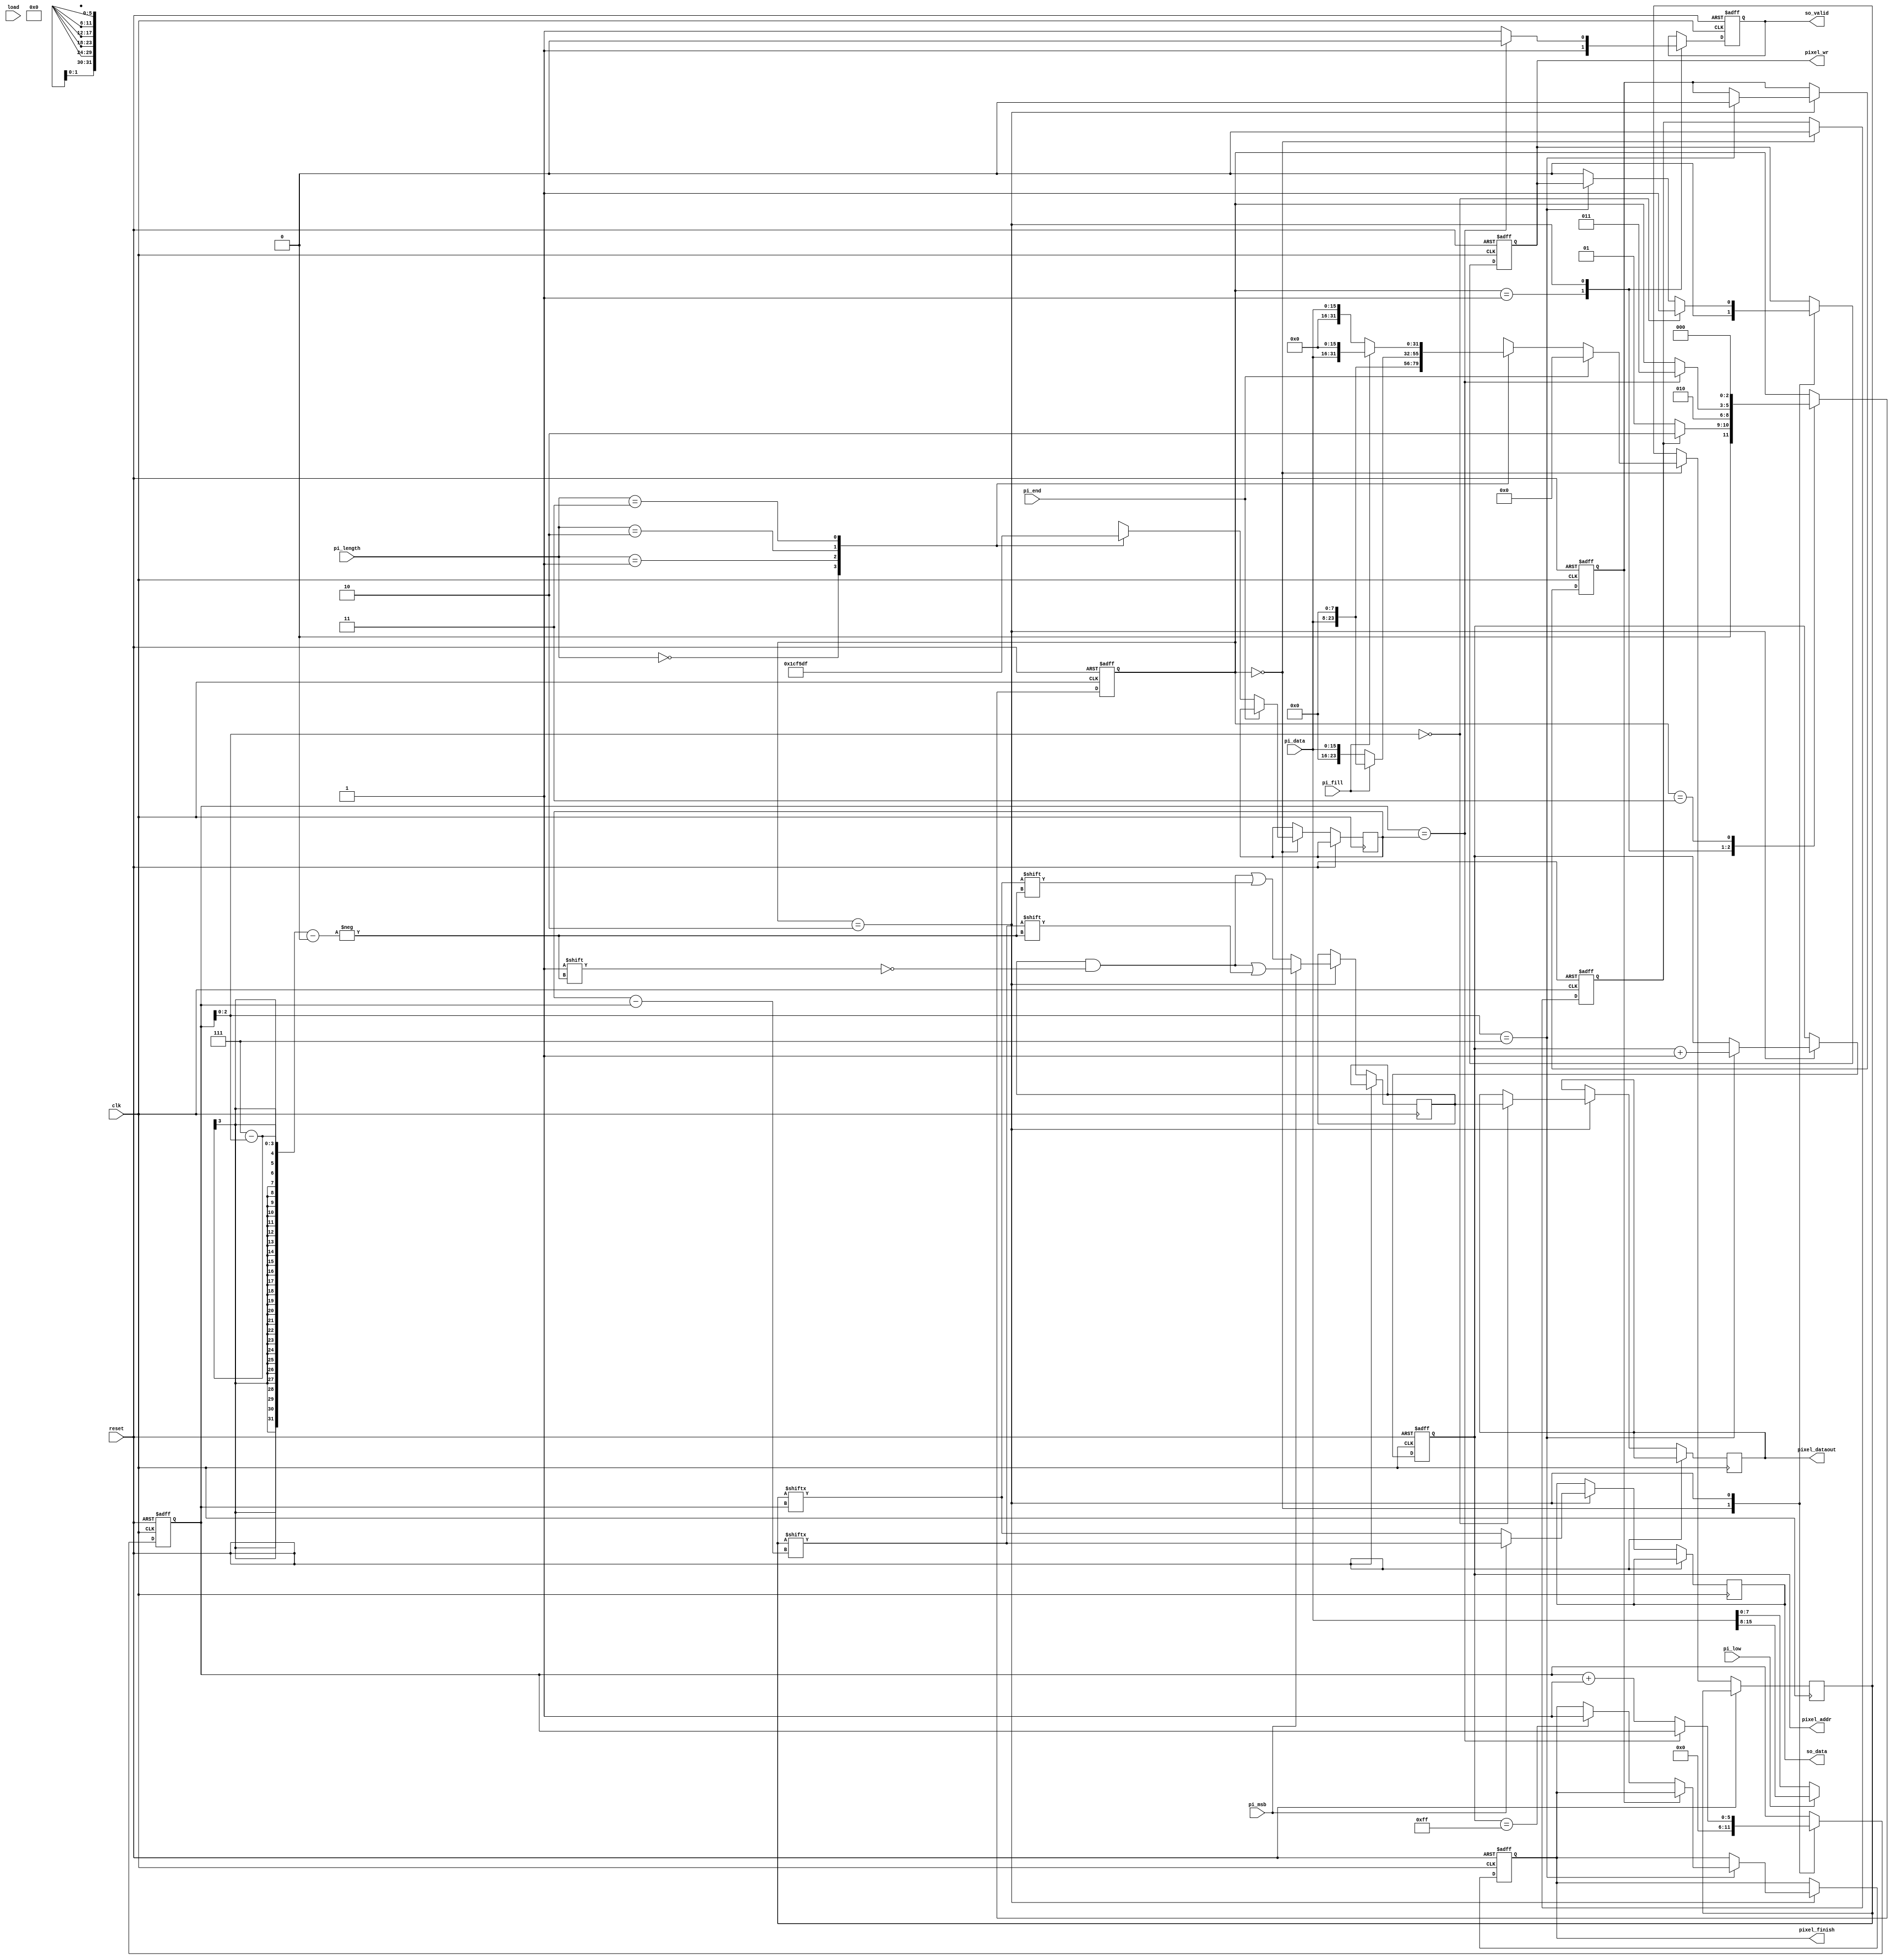
module STI_DAC(clk ,reset, load, pi_data, pi_length, pi_fill, pi_msb, pi_low, pi_end,
	       so_data, so_valid,
	       pixel_finish, pixel_dataout, pixel_addr,
	       pixel_wr);

input		clk, reset;
input		load, pi_msb, pi_low, pi_end; 
input	[15:0]	pi_data;
input	[1:0]	pi_length;
input		pi_fill;
output		reg so_data, so_valid;

output  reg  pixel_finish, pixel_wr;
output  reg [7:0] pixel_addr;
output  reg [7:0] pixel_dataout;

//==============================================================================
reg [2:0] state;
reg [31:0] so_reg;
reg [7:0] pixel_reg;
reg [5:0] i;
reg [5:0] so_length;
reg flag;
reg _flag;
//----------------------------
parameter bits8=0;
parameter bits16=1;
parameter bits24=2;
parameter bits32=3;

always @(posedge clk or posedge reset)
begin
	if(reset)begin
		state<=0;
		i<=0;
		pixel_addr<=255;
		so_valid<=0;
		flag<=1;
		_flag<=1;
		pixel_wr<=0;
		pixel_finish<=0;
	end
	else begin
		case (state)
			0:	begin
					pixel_wr<=0;
					i<=0;
					if(flag)begin
						state<=2;
						flag<=0;
					end	
					else state<=1;
					if(pi_end) so_reg<=0;
					else begin
						case(pi_length)
							bits8:		begin
											so_length<=7;
											if(pi_low)begin
												so_reg<=pi_data[15:8];
											end
											else begin
												so_reg<=pi_data[7:0];
											end
										end
							bits16:		begin
											so_length<=15;
											so_reg<=pi_data;
										end
							bits24:		begin
											so_length<=23;
											if(pi_fill)begin
												so_reg<={pi_data,8'h00};
											end
											else begin
												so_reg<={8'h00,pi_data};
											end
										end
							bits32:		begin
											so_length<=31;
											if(pi_fill)begin
												so_reg<={pi_data,16'h0000};
											end
											else begin
												so_reg<={16'h0000,pi_data};
											end
										end
						endcase
					end
				end
			1:	begin
					state<=2;
					so_valid<=1;
				end
			2:	begin
					if(i==so_length)begin
						state<=3;
						so_valid<=0;
					end
					else begin
						so_valid<=1;
						i<=i+1;
					end
					//so_datapixel
					if(pi_msb)begin
						so_data<=so_reg[so_length-i];
						pixel_reg[7-i[2:0]]<=so_reg[so_length-i];
					end
					else begin
						so_data<=so_reg[i];
						pixel_reg[7-i[2:0]]<=so_reg[i];
					end
					//pixel_address
					if(i[2:0]==7) begin
						pixel_addr<=pixel_addr+1;
						if(_flag)
							_flag<=0;
						else
							if(pixel_addr==255) pixel_finish<=1;
					end
					else begin
						pixel_wr<=0;
					end
					if(i[2:0]==0)begin
						pixel_wr<=1;
						pixel_dataout<=pixel_reg;
					end
				end
			3:	begin
					
					state<=0;
				end
		endcase
	end
end





endmodule